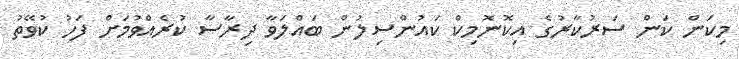
މިކަން ކަން ސަރުކާރުގެ އިކޮނޮމިކް ކައުންސިލުން ބައްލަވާ ދިރާސާ ކުރެއްވުމަށް ފަހު ކުވޭތު